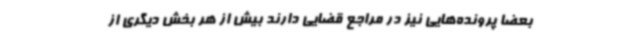
بعضا پرونده‌هایی نیز در مراجع قضایی دارند بیش از هر بخش دیگری از